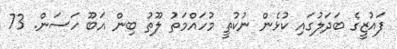
ފައުޒީގެ ބަދަލުގައި ކުޅެން ނުކުތީ މުހައްމަތު ލޫތު ބިން އަބޫ ހަސަން. 73